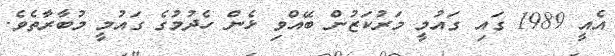
އެއީ 1989 ގައި ގައުމީ މަރުކަޒުން ބޭއްވި ޅެން ހެދުމުގެ ގައުމީ މުބާރާތެވެ.